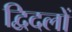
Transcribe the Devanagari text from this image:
द्विदलों